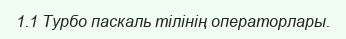
1.1 Турбо паскаль тілінің операторлары.